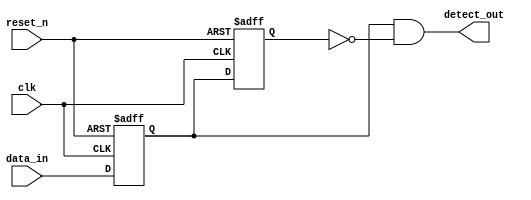
module dual_ff_detector (
    input wire clk,         // Clock input
    input wire reset_n,     // Asynchronous active-low reset
    input wire data_in,     // Input signal to be monitored
    output reg detect_out    // Output signal indicating detection
);

// Internal signals for the flip-flops
reg ff1, ff2;

// Sequential logic for flip-flops
always @(posedge clk or negedge reset_n) begin
    if (!reset_n) begin
        ff1 <= 1'b0; // Reset FF1 to 0
        ff2 <= 1'b0; // Reset FF2 to 0
    end else begin
        ff1 <= data_in; // Sample the input signal
        ff2 <= ff1;      // Propagate the signal to the second flip-flop
    end
end

// Combinational logic for detection
always @* begin
    // Example detection logic (modify as needed)
    // Here we consider a simple condition: detect a rising edge
    detect_out = (ff1 == 1'b1) && (ff2 == 1'b0);
end

endmodule